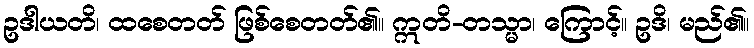
ဥဒါယတိ၊ ထစေတတ် ဖြစ်စေတတ်၏။ ဣတိ-တသ္မာ၊ ကြောင့်။ ဥဒိ၊ မည်၏။